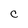
Character: C